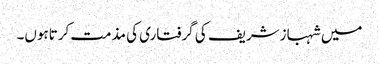
میں شہبازشریف کی گرفتاری کی مذمت کرتاہوں۔